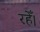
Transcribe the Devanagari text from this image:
रहेँ।